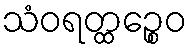
သံဝရတ္ထဉ္စေဝ